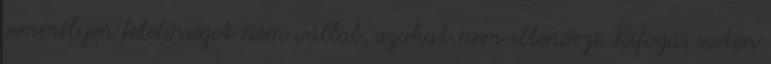
semmilyen felelősséget nem vállal, azokat nem ellenőrzi. Kifogás esetén